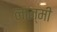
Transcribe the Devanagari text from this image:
लान्मी